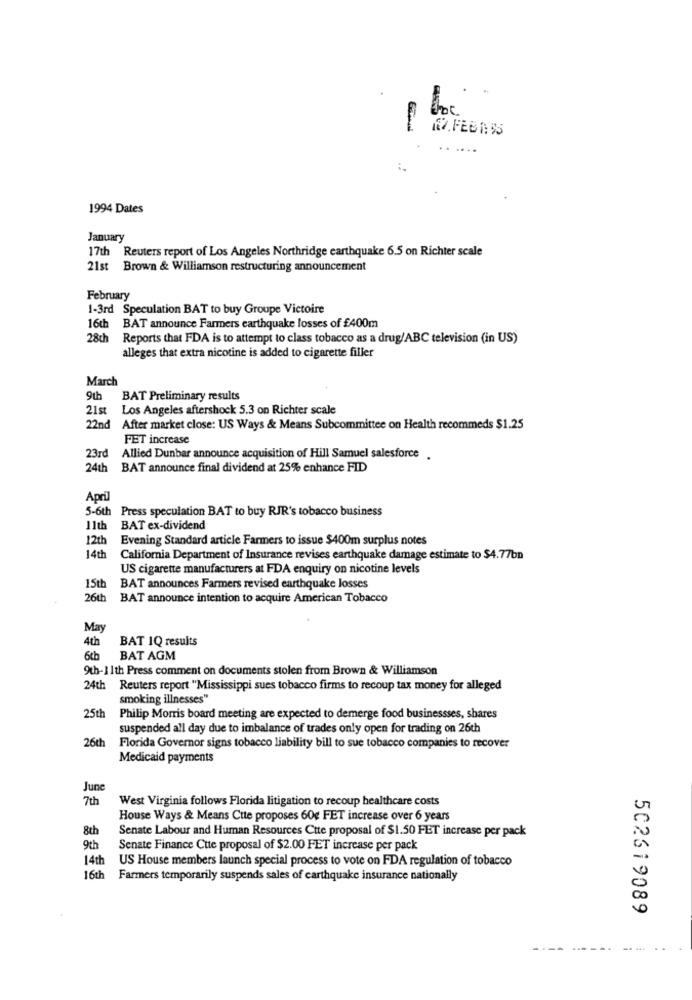
.FEBR%
...
1994 Dates
January
17th Reuters report of Los Angeles Northridge earthquake 6.5 on Richter scale
21st Brown & Williamson restructuring announcement
February
1-3rd Speculation BAT to buy Groupe Victoire
16th BAT announce Farmers earthquake losses of £400m
28ch Reports that FDA is to attempt to class tobacco as a drug/ABC television (in US)
alleges that extra nicotine is added to cigarette filler
March
9th
BAT Preliminary results
21st
Los Angeles aftershock 5.3 on Richter scale
22nd
After market close: US Ways & Means Subcommittee on Health recommeds $1.25
FET increase
23rd
Allied Dunbar announce acquisition of Hill Samuel salesforce .
24th
BAT announce final dividend at 25% enhance FID
April
5-6th Press speculation BAT to buy RJR's tobacco business
11th
BAT ex-dividend
12th
Evening Standard article Farmers to issue $400m surplus notes
14th
California Department of Insurance revises earthquake damage estimate to $4.77bn
US cigarette manufacturers at FDA enquiry on nicotine levels
15th
BAT announces Farmers revised earthquake losses
26th
BAT announce intention to acquire American Tobacco
May
4th
BAT 1Q results
6th
BAT AGM
9th-11th Press comment on documents stolen from Brown & Williamson
24th Reuters report "Mississippi sues tobacco firms to recoup tax money for alleged
smoking illnesses"
25th
Philip Morris board meeting are expected to demerge food businessses, shares
suspended all day due to imbalance of trades only open for trading on 26th
26th
Florida Governor signs tobacco liability bill to sue tobacco companies to recover
Medicaid payments
Jun
7th
West Virginia follows Florida litigation to recoup healthcare costs
House Ways & Means Ctte proposes 60g FET increase over 6 years
8th
Senate Labour and Human Resources Ctte proposal of $1.50 FET increase per pack
9th
Senate Finance Cute proposal of $2.00 FET increase per pack
14th
US House members launch special process to vote on FDA regulation of tobacco
16th
Farmers temporarily suspends sales of carthquake insurance nationally
502619089